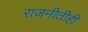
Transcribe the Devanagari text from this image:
राजनीतीही